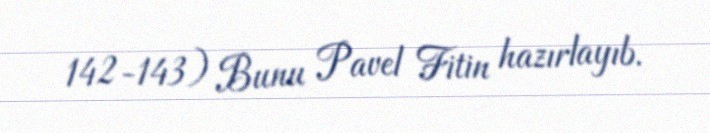
142-143) Bunu Pavel Fitin hazırlayıb.